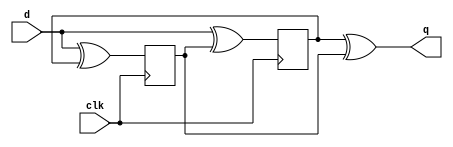
module top_module(
	input clk,
	input d,
	output q);
	
	reg p, n;
	
	// A positive-edge triggered flip-flop
    always @(posedge clk)
        p <= d ^ n;
        
    // A negative-edge triggered flip-flop
    always @(negedge clk)
        n <= d ^ p;
    
    // Why does this work? 
    // After posedge clk, p changes to d^n. Thus q = (p^n) = (d^n^n) = d.
    // After negedge clk, n changes to d^p. Thus q = (p^n) = (p^d^p) = d.
    // At each (positive or negative) clock edge, p and n FFs alternately
    // load a value that will cancel out the other and cause the new value of d to remain.
    assign q = p ^ n;
    
    
	// Can't synthesize this.
	/*always @(posedge clk, negedge clk) begin
		q <= d;
	end*/
    
    
endmodule